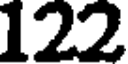
122